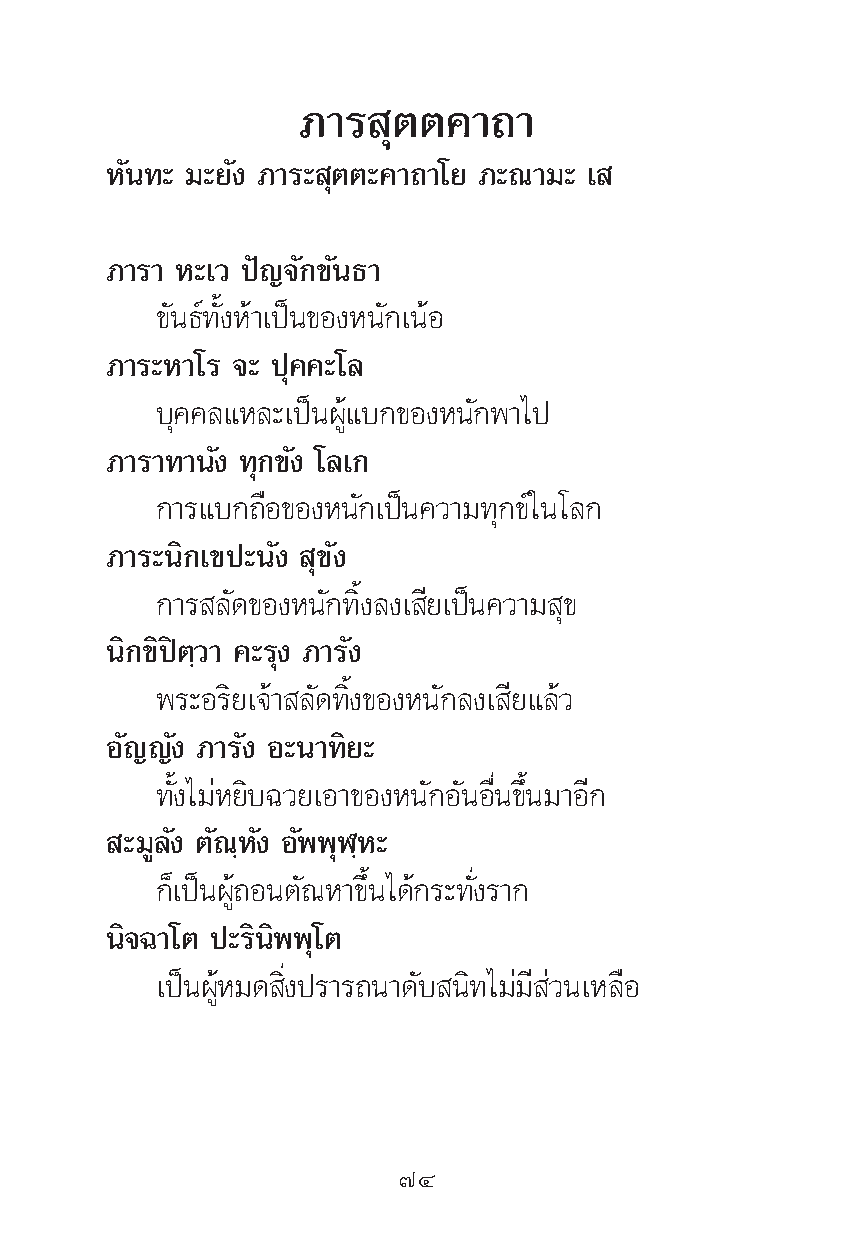
¿“√   ÿμμ§“∂“
 À—π∑– ¡–¬—ß ¿“√– ÿμμ–§“∂“‚¬ ¿–≥“¡– ‡
 ¿“√“ À–‡« ªí≠®—°¢—π∏“
 ¢—π∏å∑—ÈßÀâ“‡ªìπ¢ÕßÀπ—°‡πâÕ
 ¿“√–À“‚√ ®– ªÿ§§–‚≈
 ∫ÿ§§≈·À≈–‡ªìπºŸâ·∫°¢ÕßÀπ—°æ“‰ª
 ¿“√“∑“π—ß ∑ÿ°¢—ß ‚≈‡°
 °“√·∫°∂◊Õ¢ÕßÀπ—°‡ªìπ§«“¡∑ÿ°¢å„π‚≈°
 ¿“√–π‘°‡¢ª–π—ß ÿ¢—ß
 °“√ ≈—¥¢ÕßÀπ—°∑‘Èß≈ß‡ ’¬‡ªìπ§«“¡ ÿ¢
 π‘°¢‘ªîμ⁄«“ §–√ÿß ¿“√—ß
 æ√–Õ√‘¬‡®â“ ≈—¥∑‘Èß¢ÕßÀπ—°≈ß‡ ’¬·≈â«
 Õ—≠≠—ß ¿“√—ß Õ–π“∑‘¬–
 ∑—Èß‰¡àÀ¬‘∫©«¬‡Õ“¢ÕßÀπ—°Õ—πÕ◊Ëπ¢÷Èπ¡“Õ’°
 –¡Ÿ≈—ß μ—≥⁄À—ß Õ—ææÿÃ⁄À–
 °Á‡ªìπºŸâ∂Õπμ—≥À“¢÷Èπ‰¥â°√–∑—Ëß√“°
 π‘®©“‚μ ª–√‘π‘ææÿ‚μ
 ‡ªìπºŸâÀ¡¥ ‘Ëßª√“√∂π“¥—∫ π‘∑‰¡à¡’ à«π‡À≈◊Õ
 ˜Ù